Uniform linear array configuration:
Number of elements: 64
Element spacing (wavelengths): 0.5
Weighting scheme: kaiser
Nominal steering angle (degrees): -45
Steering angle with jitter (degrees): -45.912
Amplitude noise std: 0.05
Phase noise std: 0.05

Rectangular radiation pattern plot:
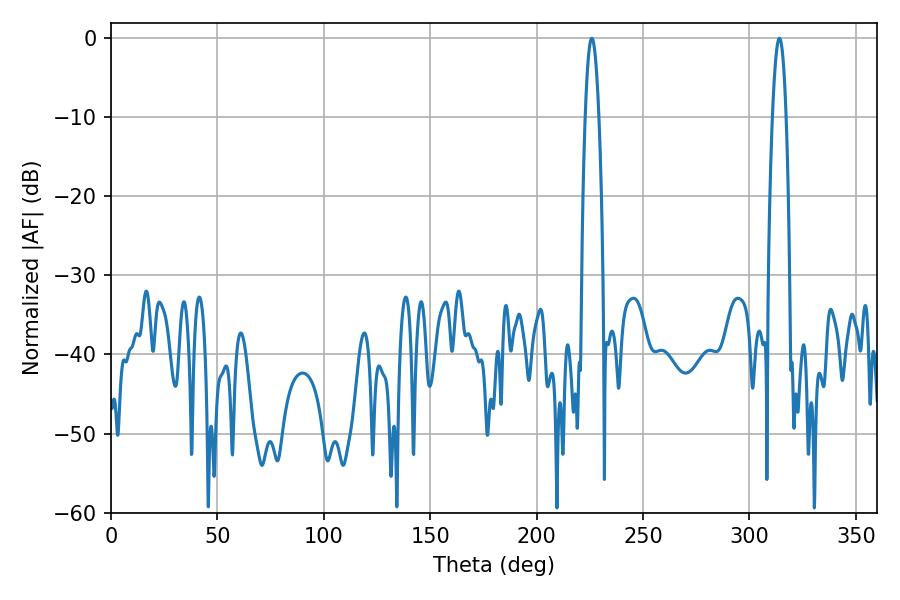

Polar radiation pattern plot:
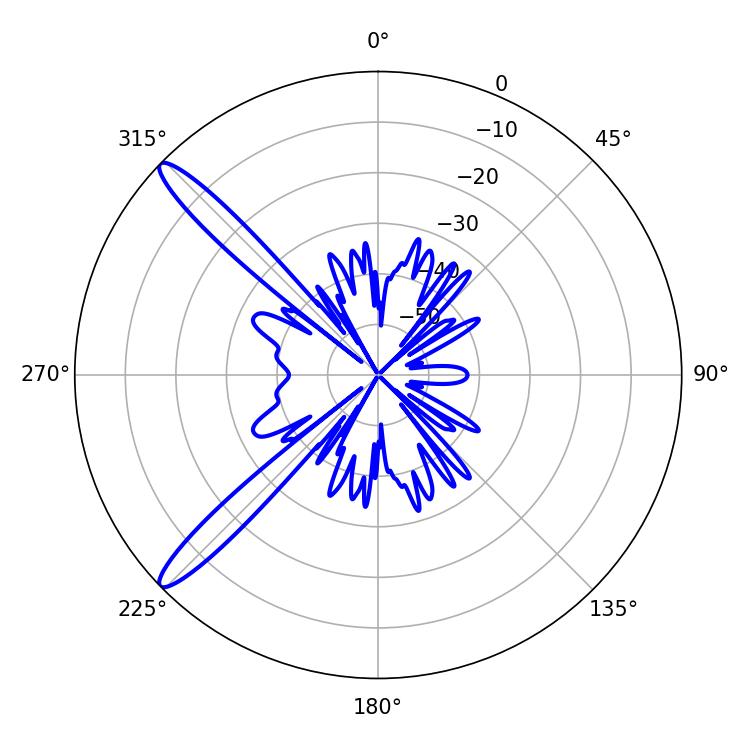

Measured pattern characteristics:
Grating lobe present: FALSE
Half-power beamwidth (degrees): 3.42
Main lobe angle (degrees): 225.9